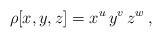
LaTeX: \begin{align*}\rho[x,y,z] = x^u\,y^v\,z^w\,,\end{align*}